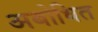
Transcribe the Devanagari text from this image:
अबोधित